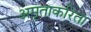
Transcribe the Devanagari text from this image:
अमृताकरिता